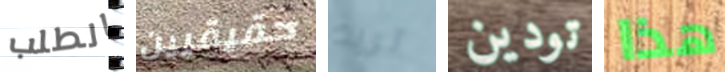
الطلب حقيقيين تريد تودين هذا